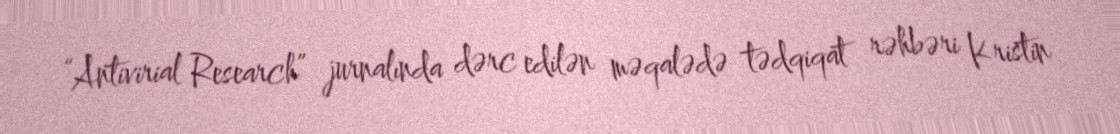
“Antivirial Research” jurnalında dərc edilən məqalədə tədqiqat rəhbəri Kristin